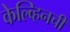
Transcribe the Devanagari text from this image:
केल्व्हिनची